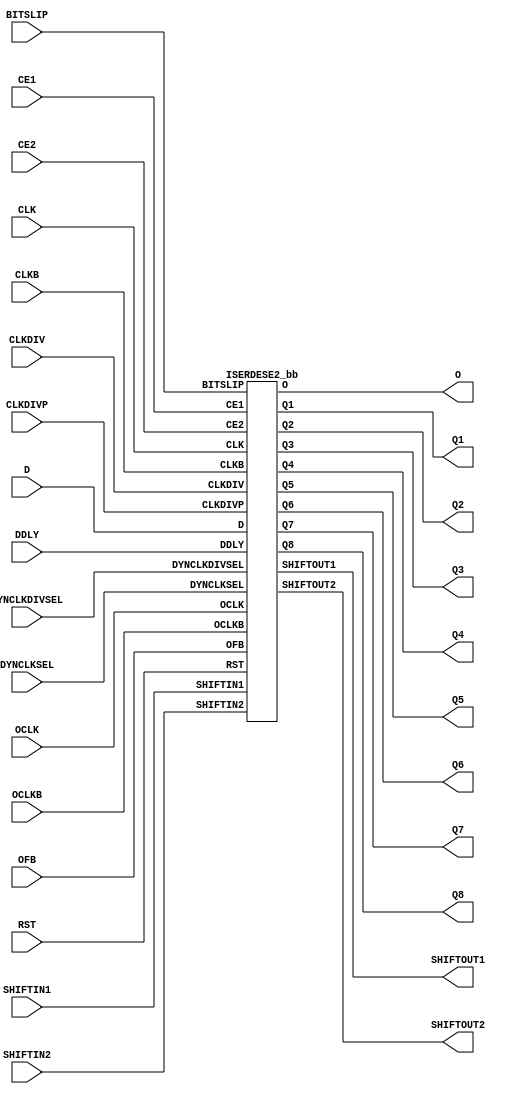
///////////////////////////////////////////////////////////////////////////////
// Copyright (c) 1995/2015 Xilinx, Inc.
// All Right Reserved.
///////////////////////////////////////////////////////////////////////////////
//   ____  ____
//  /   /\/   /
// /___/  \  /    Vendor : Xilinx
// \   \   \/     Version : 2015.4
//  \   \         Description : Xilinx Formal Library Component
//  /   /                  Source Synchronous Input Deserializer for Virtex7
// /___/   /\     Filename : ISERDESE2.v
// \   \  /  \
//  \___\/\___\
//
///////////////////////////////////////////////////////////////////////////////
// Revision:
//    01/19/10 - Initial version.
//    10/31/14 - Added inverter functionality for IS_*_INVERTED parameter (CR 828995).
// End Revision
///////////////////////////////////////////////////////////////////////////////

`timescale 1 ps / 1 ps 

`celldefine

module ISERDESE2 (
  O,
  Q1,
  Q2,
  Q3,
  Q4,
  Q5,
  Q6,
  Q7,
  Q8,
  SHIFTOUT1,
  SHIFTOUT2,

  BITSLIP,
  CE1,
  CE2,
  CLK,
  CLKB,
  CLKDIV,
  CLKDIVP,
  D,
  DDLY,
  DYNCLKDIVSEL,
  DYNCLKSEL,
  OCLK,
  OCLKB,
  OFB,
  RST,
  SHIFTIN1,
  SHIFTIN2
);

  parameter DATA_RATE = "DDR";
  parameter integer DATA_WIDTH = 4;
  parameter DYN_CLKDIV_INV_EN = "FALSE";
  parameter DYN_CLK_INV_EN = "FALSE";
  parameter [0:0] INIT_Q1 = 1'b0;
  parameter [0:0] INIT_Q2 = 1'b0;
  parameter [0:0] INIT_Q3 = 1'b0;
  parameter [0:0] INIT_Q4 = 1'b0;
  parameter INTERFACE_TYPE = "MEMORY";
  parameter IOBDELAY = "NONE";
  parameter [0:0] IS_CLKB_INVERTED = 1'b0;
  parameter [0:0] IS_CLKDIVP_INVERTED = 1'b0;
  parameter [0:0] IS_CLKDIV_INVERTED = 1'b0;
  parameter [0:0] IS_CLK_INVERTED = 1'b0;
  parameter [0:0] IS_D_INVERTED = 1'b0;
  parameter [0:0] IS_OCLKB_INVERTED = 1'b0;
  parameter [0:0] IS_OCLK_INVERTED = 1'b0;
  parameter integer NUM_CE = 2;
  parameter OFB_USED = "FALSE";
  parameter SERDES_MODE = "MASTER";
  parameter [0:0] SRVAL_Q1 = 1'b0;
  parameter [0:0] SRVAL_Q2 = 1'b0;
  parameter [0:0] SRVAL_Q3 = 1'b0;
  parameter [0:0] SRVAL_Q4 = 1'b0;

`ifdef XIL_TIMING

  parameter LOC = "UNPLACED";

`endif

  output O;
  output Q1;
  output Q2;
  output Q3;
  output Q4;
  output Q5;
  output Q6;
  output Q7;
  output Q8;
  output SHIFTOUT1;
  output SHIFTOUT2;

  input BITSLIP;
  input CE1;
  input CE2;
  input CLK;
  input CLKB;
  input CLKDIV;
  input CLKDIVP;
  input D;
  input DDLY;
  input DYNCLKDIVSEL;
  input DYNCLKSEL;
  input OCLK;
  input OCLKB;
  input OFB;
  input RST;
  input SHIFTIN1;
  input SHIFTIN2;

  wire CLK_in;
  wire CLKB_in;
  wire CLKDIV_in;
  wire CLKDIVP_in;
  wire D_in;
  wire OCLK_in;
  wire OCLKB_in;
   
  assign CLK_in = IS_CLK_INVERTED ^ CLK;
  assign CLKB_in = IS_CLKB_INVERTED ^ CLKB;
  assign CLKDIV_in = IS_CLKDIV_INVERTED ^ CLKDIV;
  assign CLKDIVP_in = IS_CLKDIVP_INVERTED ^ CLKDIVP;
  assign D_in = IS_D_INVERTED ^ D;
  assign OCLK_in = IS_OCLK_INVERTED ^ OCLK;
  assign OCLKB_in = IS_OCLKB_INVERTED ^ OCLKB;
   
  ISERDESE2_bb inst_bb (
             .O(O),
             .Q1(Q1),
             .Q2(Q2),
             .Q3(Q3),
             .Q4(Q4),
             .Q5(Q5),
             .Q6(Q6),
             .Q7(Q7),
             .Q8(Q8),
             .SHIFTOUT1(SHIFTOUT1),
             .SHIFTOUT2(SHIFTOUT2),
             .BITSLIP(BITSLIP),
             .CE1(CE1),
             .CE2(CE2),
             .CLK(CLK_in),
             .CLKB(CLKB_in),
             .CLKDIV(CLKDIV_in),
             .CLKDIVP(CLKDIVP_in),
             .D(D_in),
             .DDLY(DDLY),
             .DYNCLKDIVSEL(DYNCLKDIVSEL),
             .DYNCLKSEL(DYNCLKSEL),
             .OCLK(OCLK_in),
             .OCLKB(OCLKB_in),
             .OFB(OFB),
             .RST(RST),
             .SHIFTIN1(SHIFTIN1),
             .SHIFTIN2(SHIFTIN2)
             );

endmodule

module ISERDESE2_bb (
  output O,
  output Q1,
  output Q2,
  output Q3,
  output Q4,
  output Q5,
  output Q6,
  output Q7,
  output Q8,
  output SHIFTOUT1,
  output SHIFTOUT2,

  input BITSLIP,
  input CE1,
  input CE2,
  input CLK,
  input CLKB,
  input CLKDIV,
  input CLKDIVP,
  input D,
  input DDLY,
  input DYNCLKDIVSEL,
  input DYNCLKSEL,
  input OCLK,
  input OCLKB,
  input OFB,
  input RST,
  input SHIFTIN1,
  input SHIFTIN2
);

endmodule

`endcelldefine